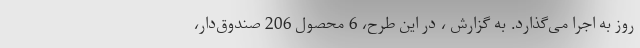
روز به اجرا می‌گذارد. به گزارش ، در این طرح، 6 محصول 206 صندوق‌دار،